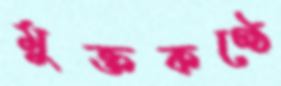
মুক্তকণ্ঠে